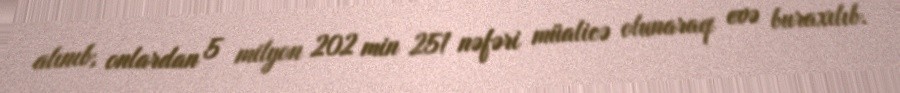
alınıb, onlardan 5 milyon 202 min 251 nəfəri müalicə olunaraq evə buraxılıb.